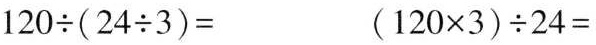
$$120 \div (24 \div 3) =$$ $$(120 × 3) \div 24 =$$